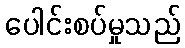
ပေါင်းစပ်မှုသည်